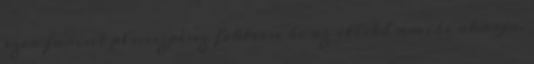
ezer forint plusszpénz fektesse be az illető amibe akarja.